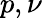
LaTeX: p,\nu